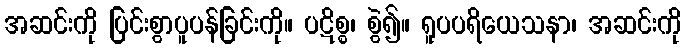
အဆင်းကို ပြင်းစွာပူပန်ခြင်းကို။ ပဋိစ္စ၊ စွဲ၍။ ရူပပရိယေသနာ၊ အဆင်းကို